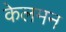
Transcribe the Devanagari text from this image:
केलमन